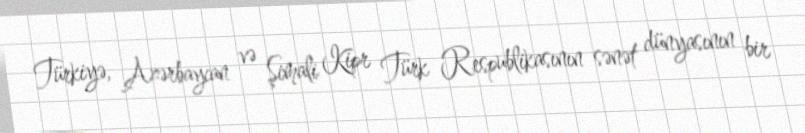
Türkiyə, Azərbaycan və Şimali Kipr Türk Respublikasının sənət dünyasının bir